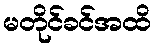
မတိုင်ခင်အထိ